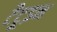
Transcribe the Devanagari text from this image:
टैटूइन